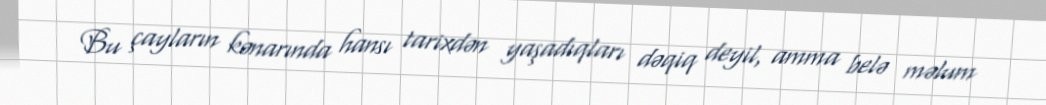
Bu çayların kənarında hansı tarixdən yaşadıqları dəqiq deyil, amma belə məlum